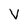
Character: V